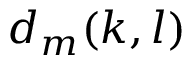
d _ { m } ( k , l )